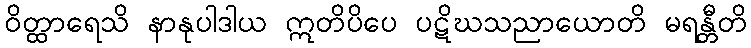
ဝိတ္ထာရေသိ နာနုပါဒါယ ဣတိပိပေ ပဋိဃသညာယောတိ မရန္တီတိ